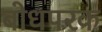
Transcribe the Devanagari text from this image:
बोधपरक